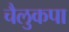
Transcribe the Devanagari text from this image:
चैलुकपा